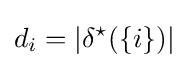
d_{i}=|\delta ^{\star }(\{{i}\})|